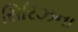
સિરિઝના